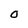
Character: O